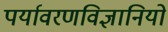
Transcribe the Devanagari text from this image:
पर्यावरणविज्ञानियों